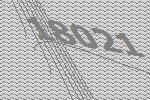
18021